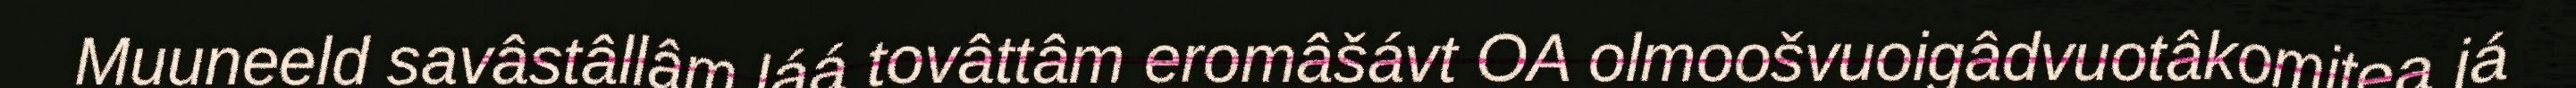
Muuneeld savâstâllâm láá tovâttâm eromâšávt OA olmoošvuoigâdvuotâkomitea já